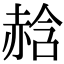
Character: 𧹣